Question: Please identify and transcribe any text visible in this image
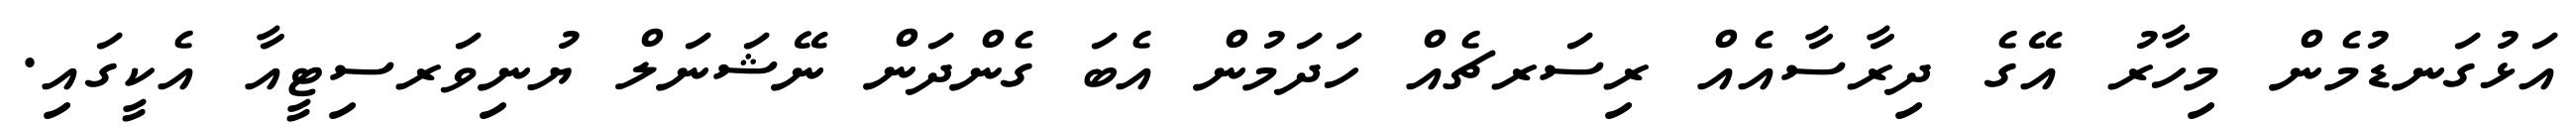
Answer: އަޅުގަނޑުމެން މިހާރު އޭގެ ދިރާސާއެއް ރިސަރޗެއް ހަދަމުން އެބަ ގެންދަން ނޭޝަނަލް ޔުނިވަރސިޓީއާ އެކީގައި.